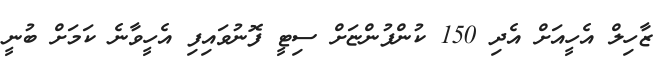
ޒާހިލް އެހީއަށް އެދި 150 ކުންފުންޏަށް ސިޓީ ފޮނުވައިފި އެހީވާނެ ކަމަށް ބުނީ